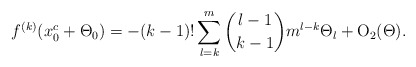
\begin{align*} f^{(k)}(x_{0}^{c} + \Theta_0) = -(k-1)! \sum_{l=k}^{m} {l-1 \choose k-1} m^{l-k} \Theta_l + {\mbox{O}}_{2}(\Theta).\end{align*}